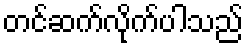
တင်ဆက်လိုက်ပါသည်